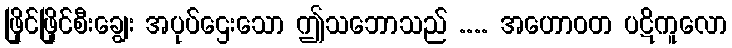
ဖြိုင်ဖြိုင်စီးချွေး အပုပ်ဌေးသော ဤသဘောသည် .... အဟောဝတ ပဋိကူလော